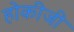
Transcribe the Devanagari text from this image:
होकीजी